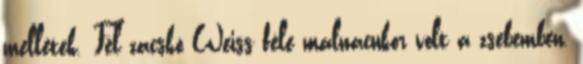
mellétek. Fél zacskó Weiss féle málnacukor volt a zsebemben,